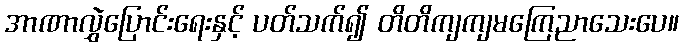
အာဏာလွှဲပြောင်းရေးနှင့် ပတ်သက်၍ တိတိကျကျမကြေညာသေးပေ။